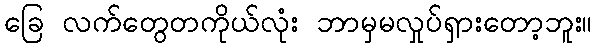
ခြေ လက်တွေတကိုယ်လုံး ဘာမှမလှုပ်ရှားတော့ဘူး။